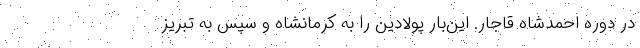
در دوره احمدشاه قاجار. این‌بار پولادین را به کرمانشاه و سپس به تبریز